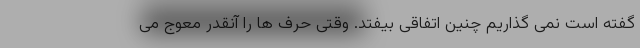
گفته است نمی گذاریم چنین اتفاقی بیفتد. وقتی حرف ها را آنقدر معوج می